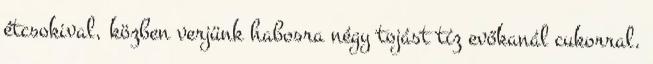
étcsokival, közben verjünk habosra négy tojást tíz evőkanál cukorral.